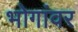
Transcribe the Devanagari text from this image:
भोगांवर